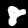
Label: 8